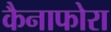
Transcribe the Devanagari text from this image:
कैनाफोरा